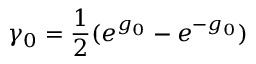
\gamma _ { 0 } = \frac { 1 } { 2 } ( e ^ { g _ { 0 } } - e ^ { - g _ { 0 } } )